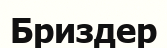
Бриздер